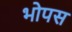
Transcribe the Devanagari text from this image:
भोपस